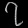
Digit: ၇